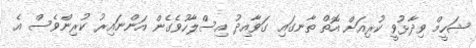
ޝަހީމް ވިދާޅުވީ ކުރިއަށް އޮތް ތާނގައި ގަވާއިދު އިސްލާހުވެގެން އަންނައިރު ކުރިންވެސް އެ